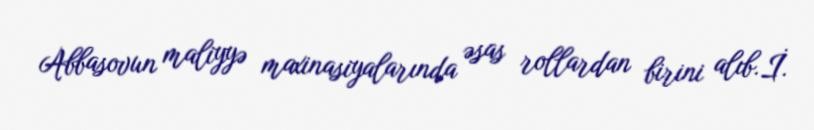
Abbasovun maliyyə maxinasiyalarında əsas rollardan birini alıb.İ.